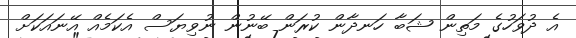
އެ ދުވަހުގެ މަތިން ޝަބާ ހަނދާން ކުރަން ބޭނުން ނުވިޔަސް އެކަމެއް އޭނައަކަށް